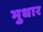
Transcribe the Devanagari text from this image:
भुधार